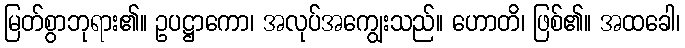
မြတ်စွာဘုရား၏။ ဥပဋ္ဌာကော၊ အလုပ်အကျွေးသည်။ ဟောတိ၊ ဖြစ်၏။ အထခေါ၊